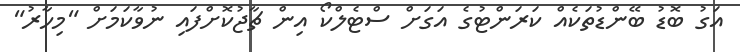
އަގު ބޮޑު ބޭންޑުތަކެއް ކަރަންޓުގެ އަގަށް ސްޓެލްކޯ އިން ޗާޖުކޮށްފައި ނުވާކަމަށް "މިހާރު"